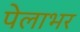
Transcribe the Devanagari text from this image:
पेलाभर